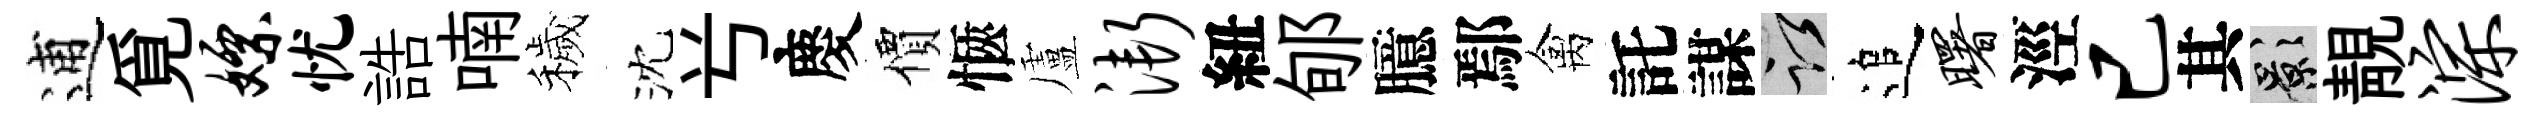
逋覓嫖忧誥喃穢沈𠔃慶價愜盧渐紐郇臆鄢禽託謀謹追曙涇已其影靚淙